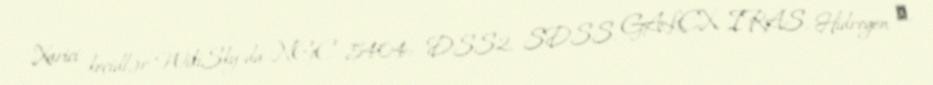
Xarici keçidlər WikiSky-da NGC 5404: DSS2, SDSS, GALEX, IRAS, Hidrogen α,